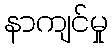
နာကျင်မှု